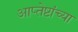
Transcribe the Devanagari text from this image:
आप्‍तेष्टांच्या